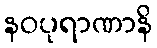
နဝပုရာဏာနိ